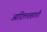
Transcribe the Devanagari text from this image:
आदिलशहाशी